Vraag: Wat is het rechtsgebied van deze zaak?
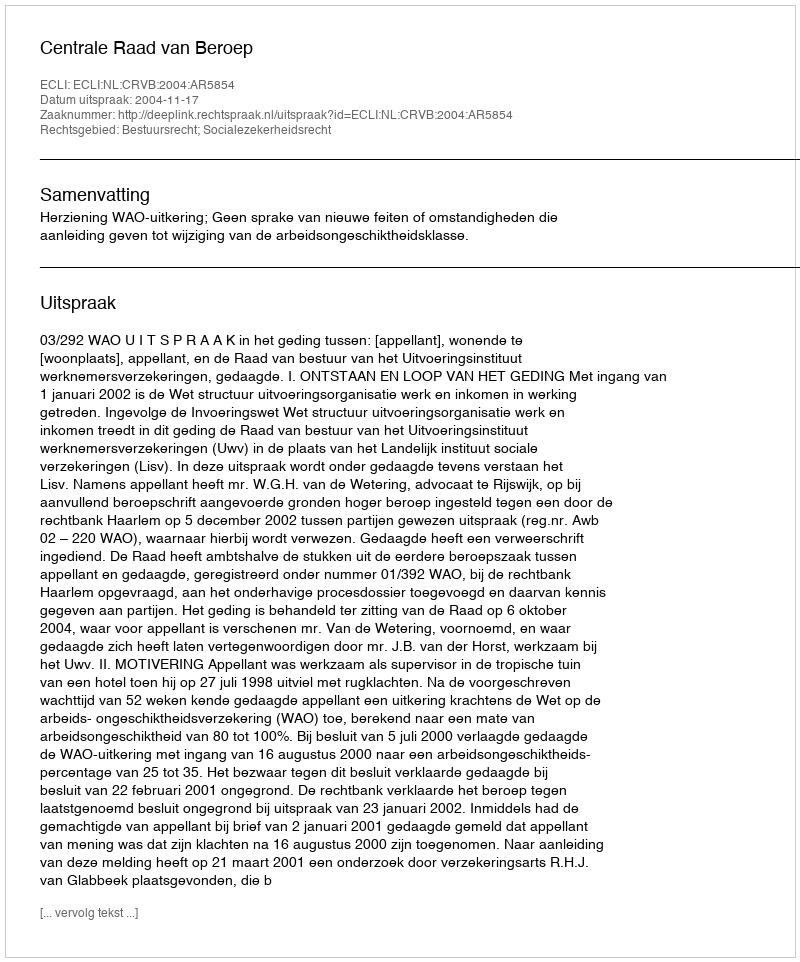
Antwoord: Bestuursrecht; Socialezekerheidsrecht